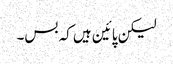
لیکن پائین ہیں کہ بس۔